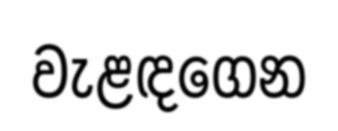
වැළඳගෙන